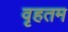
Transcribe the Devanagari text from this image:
वृहतम